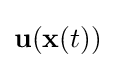
\mathbf {u} (\mathbf {x} (t))